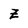
Character: Z